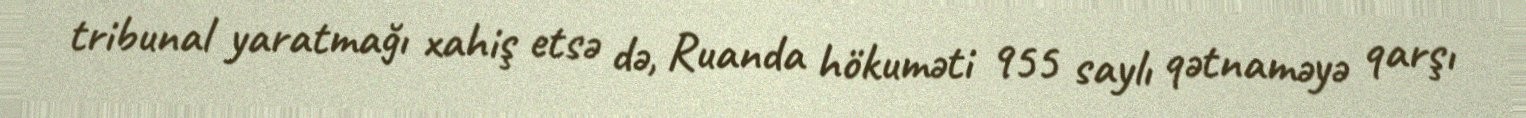
tribunal yaratmağı xahiş etsə də, Ruanda hökuməti 955 saylı qətnaməyə qarşı